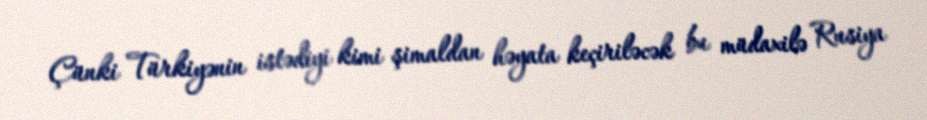
Çünki Türkiyənin istədiyi kimi şimaldan həyata keçiriləcək bu müdaxilə Rusiya